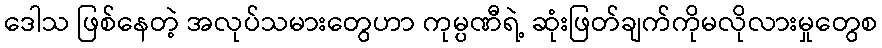
ဒေါသ ဖြစ်နေတဲ့ အလုပ်သမားတွေဟာ ကုမ္ပဏီရဲ့ ဆုံးဖြတ်ချက်ကိုမလိုလားမှုတွေစ